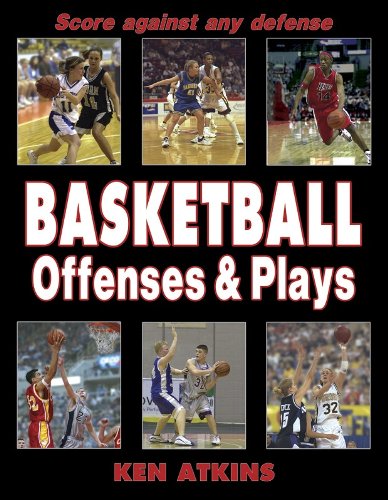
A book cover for Basketball Offenses & Plays; Kenneth Atkins; Sports & Outdoors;